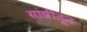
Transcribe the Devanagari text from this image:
ग्रांप्रीतून